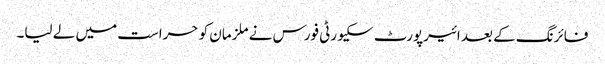
فائرنگ کے بعد ائیرپورٹ سکیورٹی فورس نے ملزمان کو حراست میں لے لیا۔